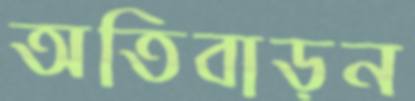
অতিবাড়ন